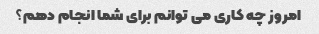
امروز چه کاری می توانم برای شما انجام دهم؟